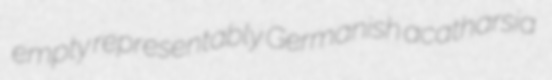
empty representably Germanish acatharsia